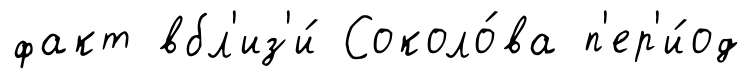
факт вбл'из'и́ Соколо́ва п'ер'и́од